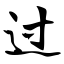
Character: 过